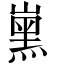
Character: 𡼡